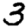
Digit: 3